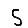
Digit: 5